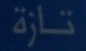
تازة